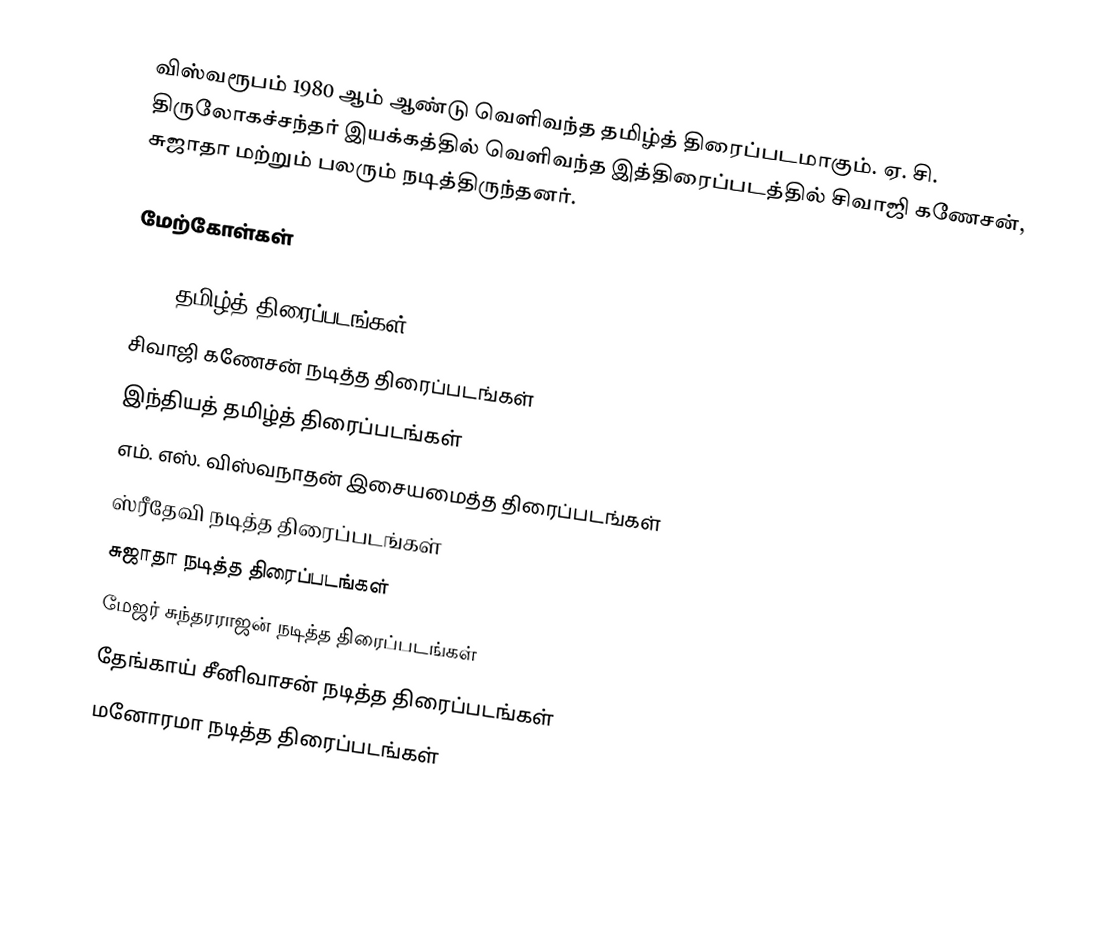
விஸ்வரூபம் 1980 ஆம் ஆண்டு வெளிவந்த தமிழ்த் திரைப்படமாகும். ஏ. சி. திருலோகச்சந்தர் இயக்கத்தில் வெளிவந்த இத்திரைப்படத்தில் சிவாஜி கணேசன், சுஜாதா மற்றும் பலரும் நடித்திருந்தனர்.

மேற்கோள்கள்

1980 தமிழ்த் திரைப்படங்கள்
சிவாஜி கணேசன் நடித்த திரைப்படங்கள்
இந்தியத் தமிழ்த் திரைப்படங்கள்
எம். எஸ். விஸ்வநாதன் இசையமைத்த திரைப்படங்கள்
ஸ்ரீதேவி நடித்த திரைப்படங்கள்
சுஜாதா நடித்த திரைப்படங்கள்
மேஜர் சுந்தரராஜன் நடித்த திரைப்படங்கள்
தேங்காய் சீனிவாசன் நடித்த திரைப்படங்கள்
மனோரமா நடித்த திரைப்படங்கள்